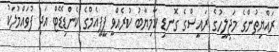
ރައްޔިތުންގެ މަޖިލީހުގެ ރައީސްގެ ގޮނޑި ކާމިޔާބު ކުރެއްވީ ޕީޕީއެމްގެ ކެންޑިޑޭޓް އަދި ފުވައްމުލަކު